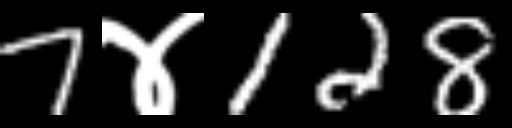
Text: 7४128